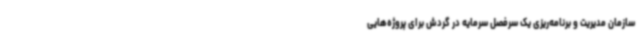
سازمان مدیریت و برنامه‌ریزی یک سرفصل سرمایه در گردش برای پروژه‌هایی